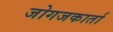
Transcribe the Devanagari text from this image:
जोगजकार्ता